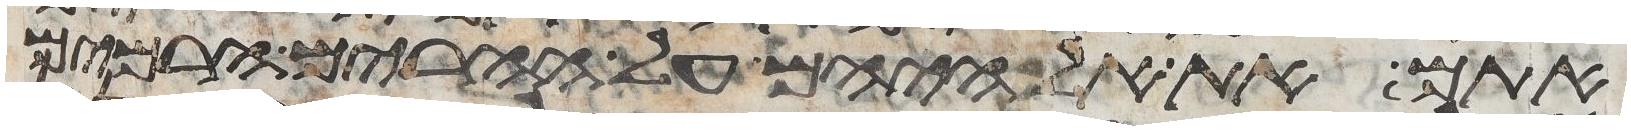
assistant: אתם את אלהיהם על ההרים הרמים